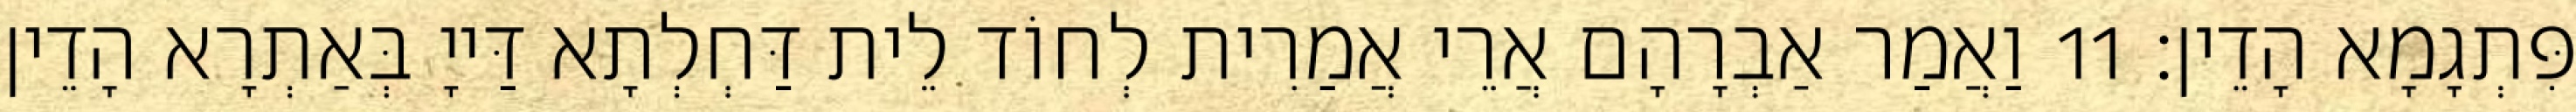
פִּתְגָמָא הָדֵין׃ 11 וַאֲמַר אַבְרָהָם אֲרֵי אֲמַרִית לְחוֹד לֵית דַּחְלְתָא דַּייָ בְּאַתְרָא הָדֵין